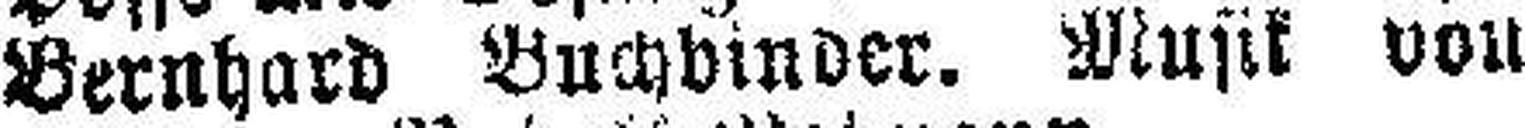
Bernhard Buchbinder. Musik von